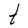
Character: t